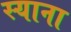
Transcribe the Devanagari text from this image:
स्याना